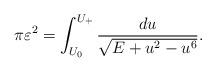
LaTeX: \begin{align*}\pi \varepsilon^2 = \int_{U_0}^{U_+} \frac{du}{\sqrt{E + u^2 - u^6}}.\end{align*}